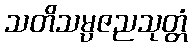
သတိသမ္ပဇညသုတ္တံ